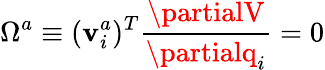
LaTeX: \Omega^{a}\equiv(\mathbf{v}_{i}^{a})^{T}{\frac{{\partialV}}{{\partialq_{i}}}}=0